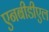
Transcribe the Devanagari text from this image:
एनबीडीएल